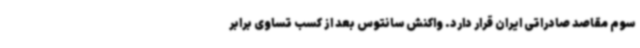
سوم مقاصد صادراتی ایران قرار دارد. واکنش سانتوس بعد از کسب تساوی برابر